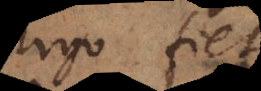
Ergo fiet: